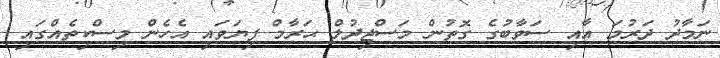
ނަމާދު ދަރުމަ އާއި ސަވާބުގެ ގޮތުން މަސްޖިދުލް ޙަރާމް ފިޔަވައި އެހެން މިސްކިތެއްގައި